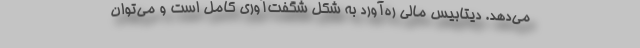
می‌دهد. دیتابیس مالی ره‌آورد به شکل شگفت‌آوری کامل است و می‌توان